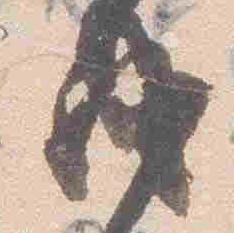
成